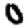
Digit: 0